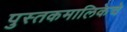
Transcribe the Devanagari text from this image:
पुस्तकमालिकेचे